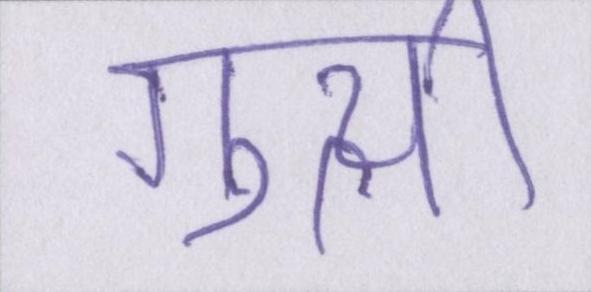
गुत्थी